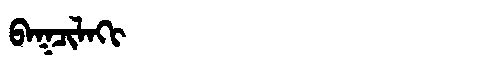
Manchu: ᠪᠠᡴᠴᡳᠯᠠᡴᡳ
Romanization: BAKCILAKI